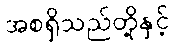
အစရှိသည်တို့နှင့်